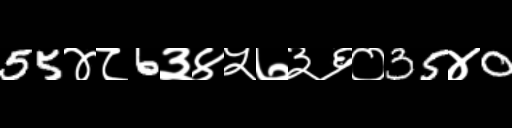
Text: 55४८6३४५७३६०35४0